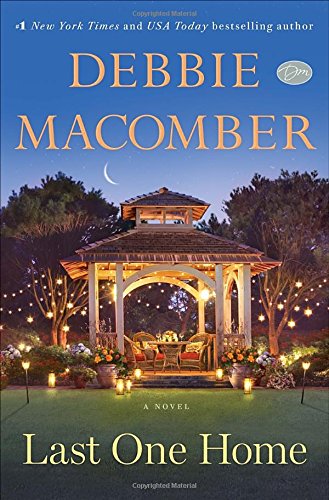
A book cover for Last One Home: A Novel; Debbie Macomber; Mystery, Thriller & Suspense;